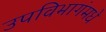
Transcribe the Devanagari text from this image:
उपविभागंमधे